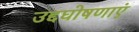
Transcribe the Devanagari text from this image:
उद्दघोषणाएं